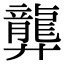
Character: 龏